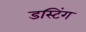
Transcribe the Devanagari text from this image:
डस्टिंग